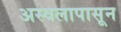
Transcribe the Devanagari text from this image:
अस्वलापासून